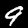
Digit: 9